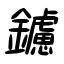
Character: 鑢